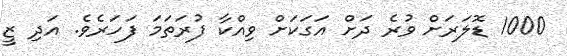
1000 ޑޮލަރަށް ވުރެ ދަށް އަގަކަށް ވިއްކާ ފުރަތަމަ ފަހަރެވެ. އަދި ޒީ